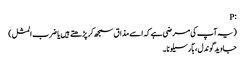
:P
(یہ آپ کی مرضی ہے کہ اسے مذاق سمجھ کر پڑھتے ہیں یا ضرب المثل)
جاوید گوندل ، بآرسیلونا ۔